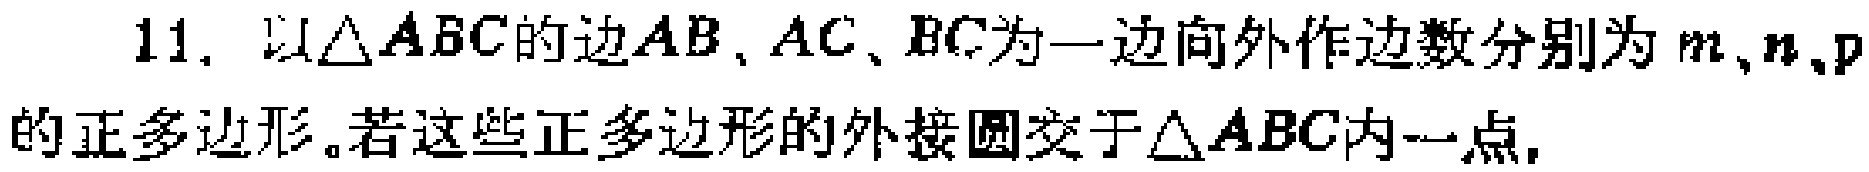
11. 以\(\triangle ABC\)的边\(AB\)、\(AC\)、\(BC\)为一边向外作边数分别为\(m\)、\(n\)、\(p\)的正多边形。若这些正多边形的外接圆交于\(\triangle ABC\)内一点，